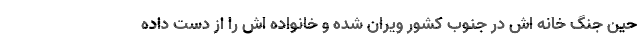
حين جنگ خانه اش در جنوب کشور ويران شده و خانواده اش را از دست داده